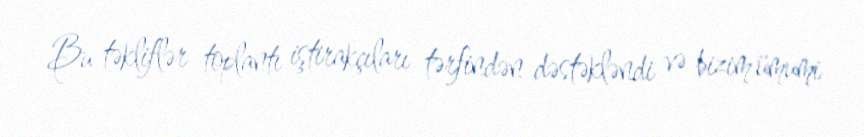
Bu təkliflər toplantı iştirakçıları tərfindən dəstəkləndi və bizim ümumi